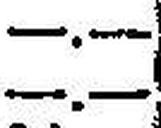
—.—